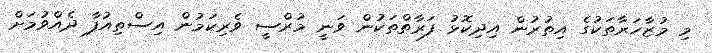
މި މުޒާހަރާތަކުގެ އިތުރުން އިދިކޮޅު ފަރާތްތަކުން ވަނީ މުރްސީ ވެރިކަމުން އިސްތިއުފާ ދެއްވުމަށް